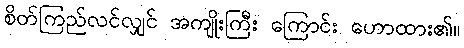
စိတ်ကြည်လင်လျှင် အကျိုးကြီး ကြောင်း ဟောထား၏။